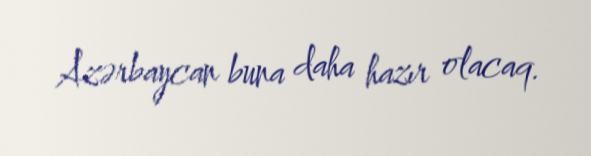
Azərbaycan buna daha hazır olacaq.